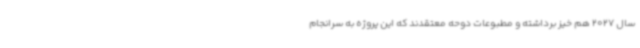
سال 2027 هم خیز برداشته و مطبوعات دوحه معتقدند که این پروژه به سرانجام